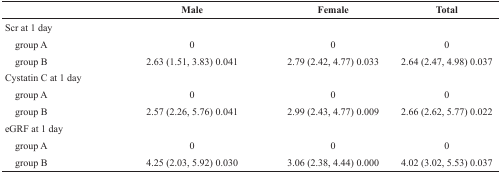
|  | Male | Female | Total |
 | --- | --- | --- | --- |
 | Scr at 1 day |  |  |  |
 | group A | 0 | 0 | 0 |
 | group B | 2.63 (1.51, 3.83) 0.041 | 2.79 (2.42, 4.77) 0.033 | 2.64 (2.47, 4.98) 0.037 |
 | Cystatin C at 1 day |  |  |  |
 | group A | 0 | 0 | 0 |
 | group B | 2.57 (2.26, 5.76) 0.041 | 2.99 (2.43, 4.77) 0.009 | 2.66 (2.62, 5.77) 0.022 |
 | eGRF at 1 day |  |  |  |
 | group A | 0 | 0 | 0 |
 | group B | 4.25 (2.03, 5.92) 0.030 | 3.06 (2.38, 4.44) 0.000 | 4.02 (3.02, 5.53) 0.037 |